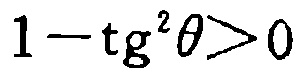
\(1 - \mathrm{tg}^{2}\theta>0\)